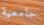
جامعية